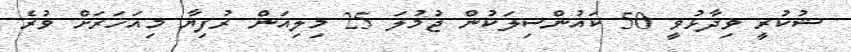
ޝުކުރީ ވިދާޅުވީ 50 ކައުންސިލަކުން ޖުމުލަ 25 މިލިއަން ރުފިޔާ މިއަހަރަށް ވުރެ